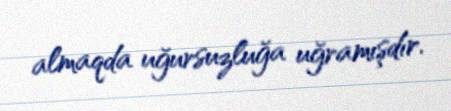
almaqda uğursuzluğa uğramışdır.